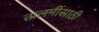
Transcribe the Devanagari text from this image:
तालमींसाठी